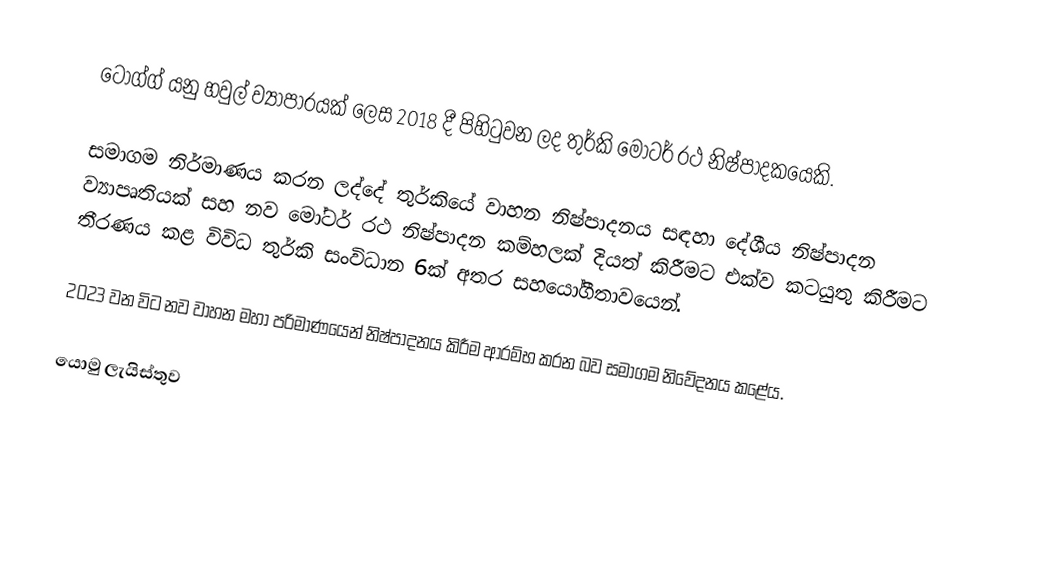
ටොග්ග් යනු හවුල් ව්‍යාපාරයක් ලෙස 2018 දී පිහිටුවන ලද තුර්කි මෝටර් රථ නිෂ්පාදකයෙකි.

සමාගම නිර්මාණය කරන ලද්දේ තුර්කියේ වාහන නිෂ්පාදනය සඳහා දේශීය නිෂ්පාදන ව්‍යාපෘතියක් සහ නව මෝටර් රථ නිෂ්පාදන කම්හලක් දියත් කිරීමට එක්ව කටයුතු කිරීමට තීරණය කළ විවිධ තුර්කි සංවිධාන 6ක් අතර සහයෝගීතාවයෙන්.

2023 වන විට නව වාහන මහා පරිමාණයෙන් නිෂ්පාදනය කිරීම ආරම්භ කරන බව සමාගම නිවේදනය කළේය.

යොමු ලැයිස්තුව